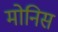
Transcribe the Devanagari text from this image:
मोनिस